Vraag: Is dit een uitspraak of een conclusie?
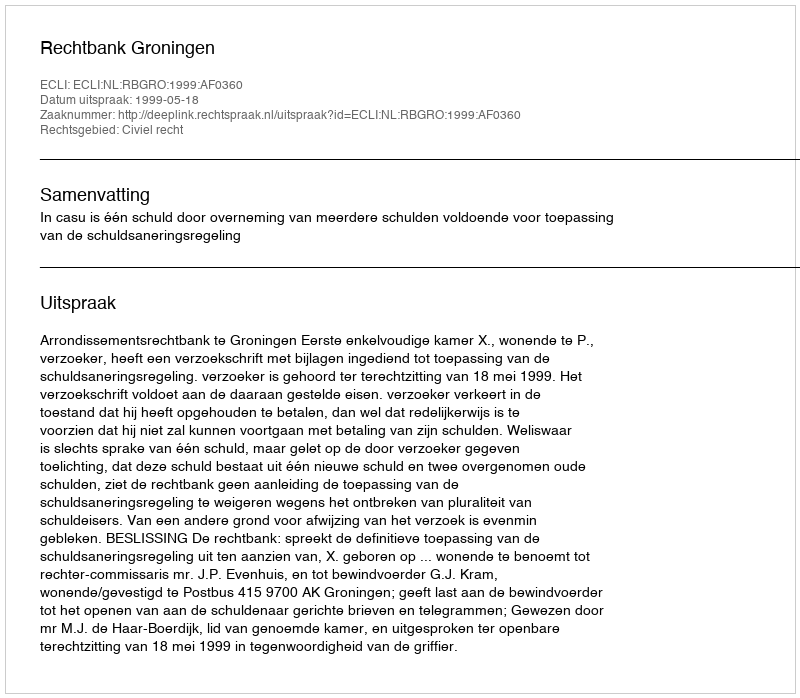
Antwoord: Uitspraak